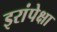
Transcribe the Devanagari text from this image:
इरांपेक्षा